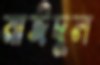
মাঈদুল